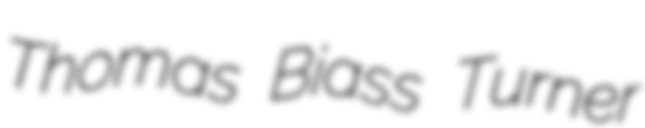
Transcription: Thomas Biass Turner